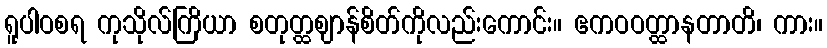
ရူပါဝစရ ကုသိုလ်ကြိယာ စတုတ္ထဈာန်စိတ်ကိုလည်းကောင်း။ ဧကဝဝတ္ထာနတာတိ၊ ကား။